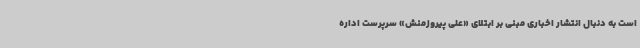
است به دنبال انتشار اخباری مبنی بر ابتلای «علی پیروزمنش» سرپرست اداره